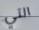
التي